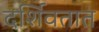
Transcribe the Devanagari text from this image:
दर्शिवतात